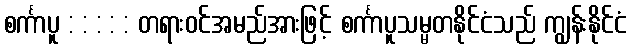
စင်္ကာပူ : : : : : တရားဝင်အမည်အားဖြင့် စင်္ကာပူသမ္မတနိုင်ငံသည် ကျွန်းနိုင်ငံ